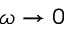
\omega \to 0